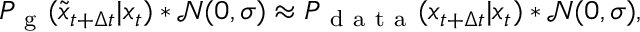
P _ { \mathrm { ~ g ~ } } ( \tilde { x } _ { t + \Delta t } | x _ { t } ) * \mathcal { N } ( 0 , \sigma ) \approx P _ { \mathrm { ~ d ~ a ~ t ~ a ~ } } ( x _ { t + \Delta t } | x _ { t } ) * \mathcal { N } ( 0 , \sigma ) ,